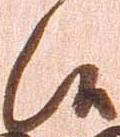
候